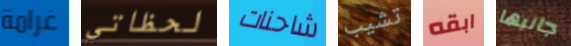
غرامة لحظاتي شاحنات تشيب ابقه جانبها